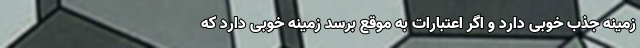
زمینه جذب خوبی دارد و اگر اعتبارات به موقع برسد زمینه خوبی دارد که